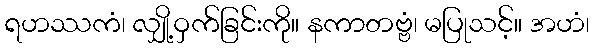
ရဟဿကံ၊ လျှို့ဝှက်ခြင်းကို။ နကာတဗ္ဗံ၊ မပြုသင့်။ အဟံ၊